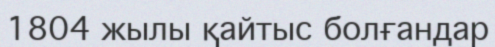
1804 жылы қайтыс болғандар